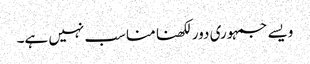
ویسے جمہوری دور لکھنا مناسب نہیں ہے۔